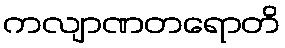
ကလျာဏတရောတိ